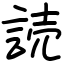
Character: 読